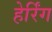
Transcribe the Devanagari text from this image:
हेर्रिंग